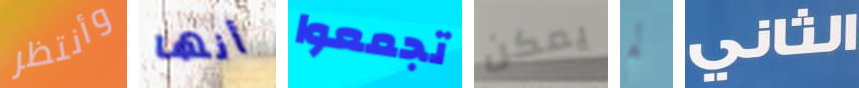
وأنتظر أنها تجمعوا يمكن لم الثاني